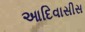
આદિવાસીસ